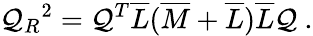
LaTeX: \mathcal{Q}_{R}{}^{2}=\mathcal{Q}^{T}\overline{{{{L}}}}(\overline{{{{M}}}}+\overline{{{{L}}}})\overline{{{{L}}}}\mathcal{Q}\ .